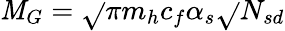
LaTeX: \mathit{M}_{G}=\sqrt{}{{\pi}}m_{h}c_{f}\alpha_{s}\sqrt{}{{N_{sd}}}